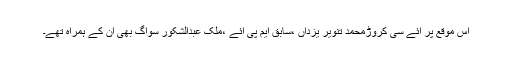
اس موقع پر ائے سی کروڑمحمد تنویر یزداں ،سابق ایم پی ائے ،ملک عبدالشکور سواگ بھی ان کے ہمراہ تھے۔